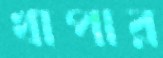
খাপার